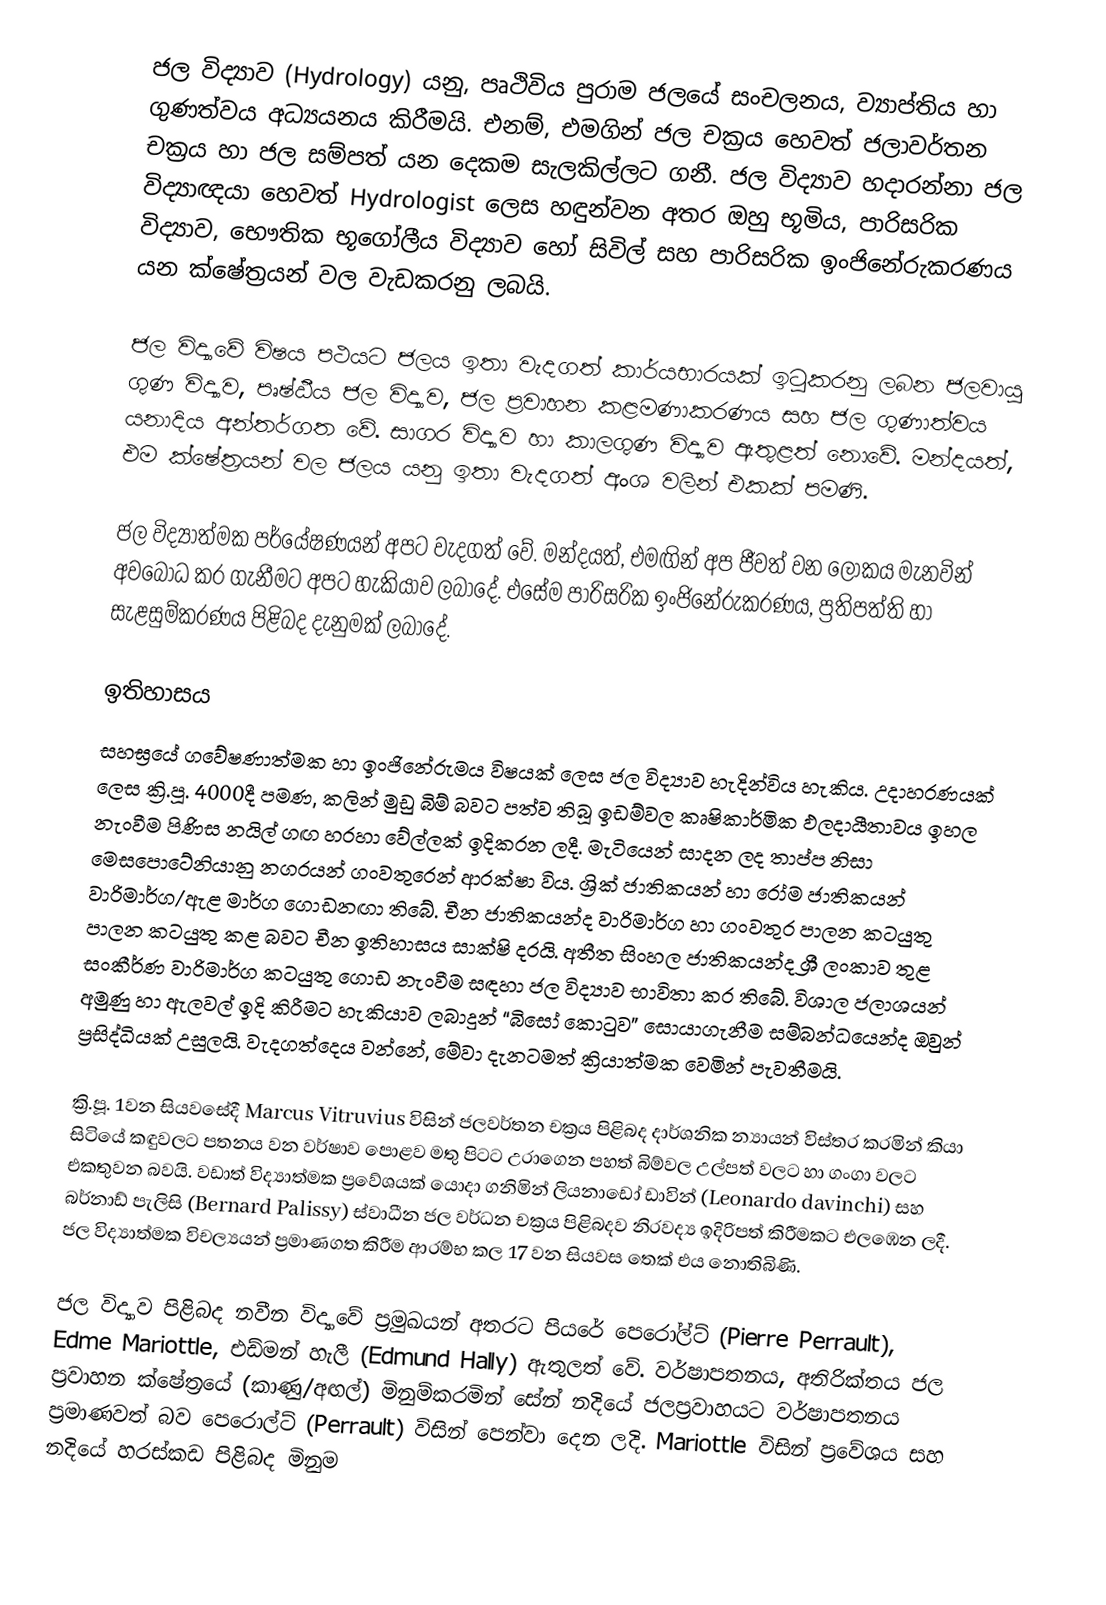
ජල විද්‍යාව (Hydrology) යනු, පෘථිවිය පුරාම ජලයේ සංචලනය, ව්‍යාප්තිය හා ගුණත්වය අධ්‍යයනය කිරීමයි. එනම්, එමගින් ජල චක්‍රය හෙවත් ජලාවර්තන චක්‍රය හා ජල සම්පත් යන දෙකම සැලකිල්ලට ගනී. ජල විද්‍යාව හදාරන්නා ජල විද්‍යාඥයා හෙවත් Hydrologist ලෙස හඳුන්වන අතර ඔහු භූමිය, පාරිසරික විද්‍යාව, භෞතික භූගෝලීය විද්‍යාව හෝ සිවිල් සහ පාරිසරික ඉංජිනේරුකරණය යන ක්ෂේත්‍රයන් වල වැඩකරනු ලබයි.

ජල විද්‍යාවේ විෂය පථයට ජලය ඉතා වැදගත් කාර්යභාරයක් ඉටුකරනු ලබන ජලවායු ගුණ විද්‍යාව, පෘෂ්ඨීය ජල විද්‍යාව, ජල ප්‍රවාහන කළමණාකරණය සහ ජල ගුණාත්වය යනාදිය අන්තර්ගත වේ. සාගර විද්‍යාව හා කාලගුණ විද්‍යාව ඇතුළත් නොවේ. මන්දයත්, එම ක්ෂේත්‍රයන් වල ජලය යනු ඉතා වැදගත් අංශ වලින් එකක් පමණි.

ජල විද්‍යාත්මක පර්යේෂණයන් අපට වැදගත් වේ. මන්දයත්, එමඟින් අප ජීවත් වන ලෝකය මැනවින් අවබෝධ කර ගැනීමට අපට හැකියාව ලබාදේ. එසේම පාරිසරික ඉංජිනේරුකරණය, ප්‍රතිපත්ති හා සැළසුම්කරණය පිළිබද දැනුමක් ලබාදේ.

ඉතිහාසය
සහඝ්‍රයේ ගවේෂණාත්මක හා ඉංජිනේරුමය විෂයක් ලෙස ජල විද්‍යාව හැදින්විය හැකිය. උදාහරණයක් ලෙස ක්‍රි.පූ. 4000දී පමණ, කලින් මුඩු බිම් බවට පත්ව තිබූ ඉඩම්වල කෘෂිකාර්මික ඵලදායීතාවය ඉහල නැංවීම පිණිස නයිල් ගඟ හරහා වේල්ලක් ඉදිකරන ලදී. මැටියෙන් සාදන ලද තාප්ප නිසා මෙසපොටේනියානු නගරයන් ගංවතුරෙන් ආරක්ෂා විය. ශ්‍රික් ජාතිකයන් හා රෝම ජාතිකයන් වාරිමාර්ග/ඇළ මාර්ග ගොඩනඟා තිබේ. චීන ජාතිකයන්ද වාරිමාර්ග හා ගංවතුර පාලන කටයුතු පාලන කටයුතු කළ බවට චීන ඉතිහාසය සාක්ෂි දරයි. අතීත සිංහල ජාතිකයන්ද ශ්‍රී ලංකාව තුළ සංකීර්ණ වාරිමාර්ග කටයුතු ගොඩ නැංවීම සඳහා ජල විද්‍යාව භාවිතා කර තිබේ. විශාල ජලාශයන් අමුණු හා ඇලවල් ඉදි කිරීමට හැකියාව ලබාදුන් “බිසෝ කොටුව” සොයාගැනීම සම්බන්ධයෙන්ද ඔවුන් ප්‍රසිද්ධියක් උසුලයි. වැදගත්දෙය වන්නේ, මේවා දැනටමත් ක්‍රියාත්මක වෙමින් පැවතීමයි.

ක්‍රි.පූ. 1වන සියවසේදී Marcus Vitruvius විසින් ජලවර්තන චක්‍රය පිළිබද දාර්ශනික න්‍යායන් විස්තර කරමින් කියා සිටියේ කඳුවලට පතනය වන වර්ෂාව පොළව මතු පිටට උරාගෙන පහත් බිම්වල උල්පත් වලට හා ගංගා වලට එකතුවන බවයි. වඩාත් විද්‍යාත්මක ප්‍රවේශයක් යොදා ගනිමින් ලියනාඩෝ ඩාවින් (Leonardo davinchi) සහ බර්නාඩ් පැලිසි (Bernard Palissy) ස්වාධීන ජල වර්ධන චක්‍රය පිළිබදව නිරවද්‍ය ඉදිරිපත් කිරීමකට එලඹෙන ලදී. ජල විද්‍යාත්මක විචල්‍යයන් ප්‍රමාණගත කිරීම ආරම්භ කල 17 වන සියවස තෙක් එය නොතිබිණි.

ජල විද්‍යාව පිළිබද නවීන විද්‍යාවේ ප්‍රමුඛයන් අතරට පියරේ පෙරෝල්ට් (Pierre Perrault), Edme Mariottle, එඩ්මන් හැලී (Edmund Hally) ඇතුලත් වේ. වර්ෂාපතනය, අතිරික්තය ජල ප්‍රවාහන ක්ෂේත්‍රයේ (කාණු/අඟල්) මිනුම්කරමින් සේන් නදියේ ජලප්‍රවාහයට වර්ෂාපතනය ප්‍රමාණවත් බව පෙරොල්ට් (Perrault) විසින් පෙන්වා දෙන ලදි. Mariottle විසින් ප්‍රවේශය සහ නදියේ හරස්කඩ පිළිබද මිනුම